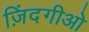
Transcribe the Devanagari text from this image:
ज़िंदगीओ